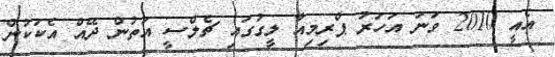
އެއީ 2010 ވަނަ އަހަރު ޕްރިމިއާ ލީގުގައި ޗެލްސީ އަތުން ދޭއް އެކަކުން